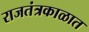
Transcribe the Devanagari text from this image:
राजतंत्रकाळात